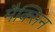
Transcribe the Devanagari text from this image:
मैक्सिन